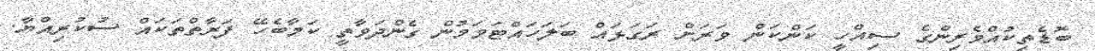
ބޮޑެތިކުއްވެރިންގެ ސިއްހީ ކަންކަން ވަރަށް ރަގަޅައް ބަލަހައްޓަވަމުން ގެންދަވާތީ ކަމާބެހޭ ފަރާތްތަކައް ސުކުރިއްޔާ.